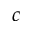
c